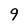
Character: 9